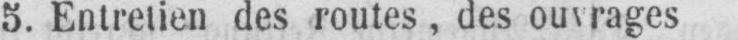
5. Entretien des routes, des ouvrages